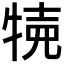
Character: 𤙸